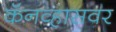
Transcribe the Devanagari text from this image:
कॅनव्हासवर